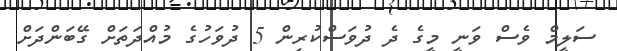
ސަލީމް ވެސް ވަނީ މީގެ ދެ ދުވަސްކުރިން 5 ދުވަހުގެ މުއްދަތަށް ގޭބަންދަށް